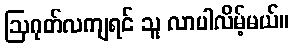
ဩဂုတ်လကျရင် သူ လာပါလိမ့်မယ်။